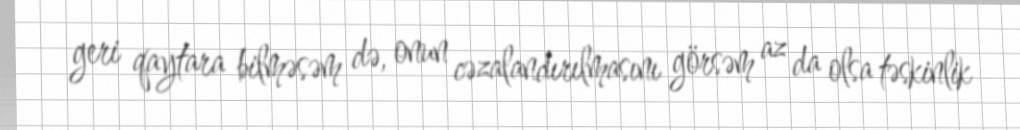
geri qaytara bilməsəm də, onun cəzalandırılmasını görsəm az da olsa təskinlik